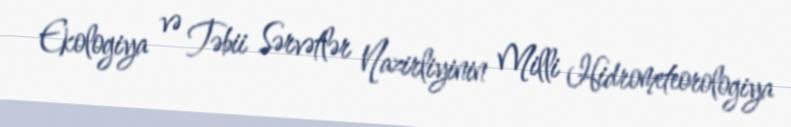
Ekologiya və Təbii Sərvətlər Nazirliyinin Milli Hidrometeorologiya